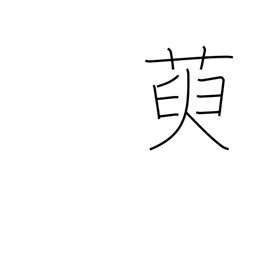
Meaning: oleaster